Madras plague regulations and rules - Volume 1
Disease focus: Plague
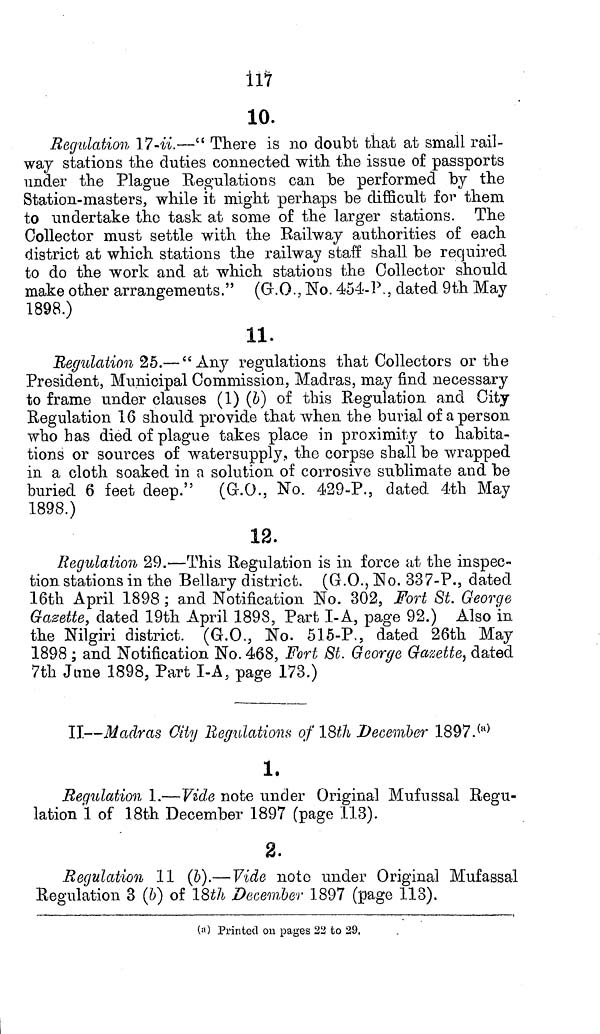
117
10.
Regulation 17-ii.—" There is no doubt that at small rail-
way stations the duties connected with the issue of passports
under the Plague Regulations can be performed by the
Station-masters, while it might perhaps be difficult for them
to undertake the task at some of the larger stations. The
Collector must settle with the Railway authorities of each
district at which stations the railway staff shall be required
to do the work and at which stations the Collector should
make other arrangements." (G.O., No. 454-P., dated 9th May
1898.)
11.
Regulation 25.— "Any regulations that Collectors or the
President, Municipal Commission, Madras, may find necessary
to frame under clauses (1) (6) of this Regulation and City
Regulation 16 should provide that when the burial of a person
who has died of plague takes place in proximity to habita-
tions or sources of watersupply, the corpse shall be wrapped
in a cloth soaked in a solution of corrosive sublimate and be
buried 6 feet deep." (G-.O., No. 429-P., dated 4th May
1898.)
12.
Regulation 29.—This Regulation is in force at the inspec-
tion stations in the Bellary district. (G.O., No. 337-P., dated
16th April 1898 ; and Notification No. 302, Fort St. George
Gazette, dated 19th April 1898, Part I-A, page 92.) Also in
the Nilgiri district. (G.O., No. 515-P., dated 26th May
1898 ; and Notification No. 468, Fort St. George Gazette, dated
7th June 1898, Part I-A, page 173.)
IT.—Madras City Regulations of 18th December 1897. (a)
1.
Regulation 1.—Vide note under Original Mufussal Regu-
lation 1 of 18th December 1897 (page 113).
2.
Regulation 11 (b).—Vide note under Original Mufassal
Regulation 3 (6) of 18th December 1897 (page 113).
00 Printed on pages 22 to 29.